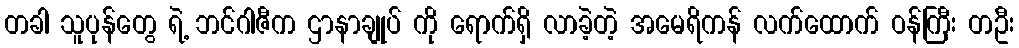
တခါ သူပုန်တွေ ရဲ့ ဘင်ဂါဇီက ဌာနာချုပ် ကို ရောက်ရှိ လာခဲ့တဲ့ အမေရိကန် လက်ထောက် ဝန်ကြီး တဦး